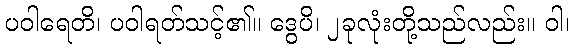
ပဝါရေတိ၊ ပဝါရတ်သင့်၏။ ဒွေပိ၊ ၂ခုလုံးတို့သည်လည်း။ ဝါ၊